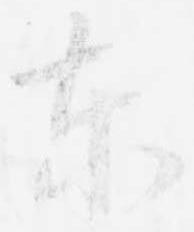
東